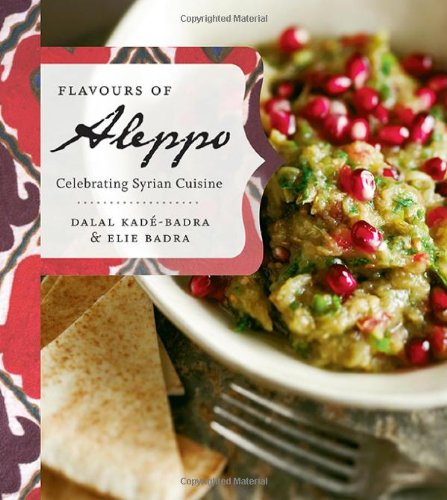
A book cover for Flavours of Aleppo: Celebrating Syrian Cuisine; Dalal Kade-Badra; Cookbooks, Food & Wine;